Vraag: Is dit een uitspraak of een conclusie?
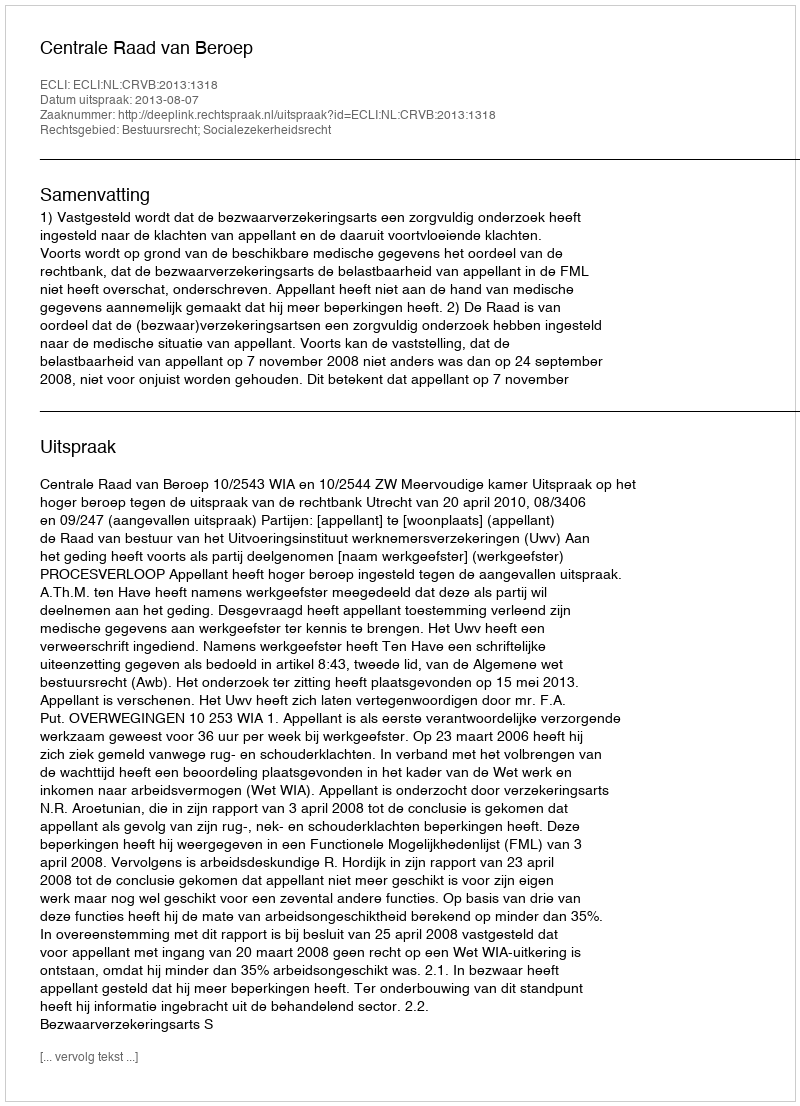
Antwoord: Uitspraak